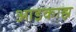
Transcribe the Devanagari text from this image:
आइकाह्न